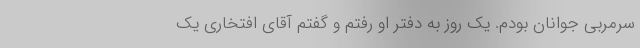
سرمربی جوانان بودم. یک روز به دفتر او رفتم و گفتم آقای افتخاری یک